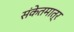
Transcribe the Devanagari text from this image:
संकेतमात्र